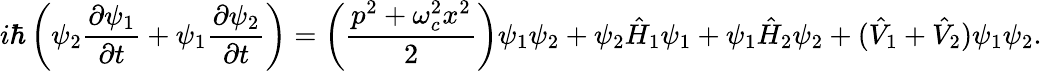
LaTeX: i\hbar\left(\psi_{2}\frac{\partial\psi_{1}}{\partial t}+\psi_{1}\frac{\partial\psi_{2}}{\partial t}\right)=\left(\frac{p^{2}+\omega_{c}^{2}x^{2}}{2}\right)\psi_{1}\psi_{2}+\psi_{2}\hat{H}_{1}\psi_{1}+\psi_{1}\hat{H}_{2}\psi_{2}+(\hat{V}_{1}+\hat{V}_{2})\psi_{1}\psi_{2}.